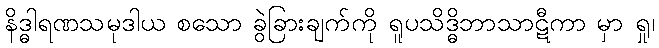
နိဒ္ဓါရဏသမုဒါယ စသော ခွဲခြားချက်ကို ရူပသိဒ္ဓိဘာသာဋီကာ မှာ ရှု၊